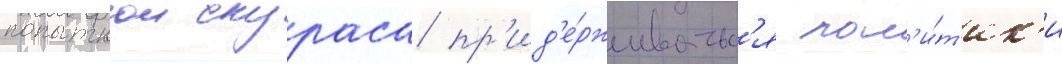
попыткои скураса пр'ид'е́рживатьс'я пол'и́т'ик'и